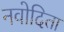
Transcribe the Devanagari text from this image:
नवोदिता